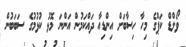
ވޯލްޑް ކަޕްގެ މިހާ ހިސާބަށް އިންޑިއާ ދައްކަމުން އަންނަ މޮޅު ކުޅުމުގެ ސަބަބުން